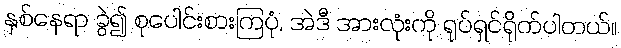
နှစ်နေရာ ခွဲ၍ စုပေါင်းစားကြပုံ, အဲဒီ အားလုံးကို ရုပ်ရှင်ရိုက်ပါတယ်။